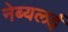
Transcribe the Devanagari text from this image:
नेब्यलई